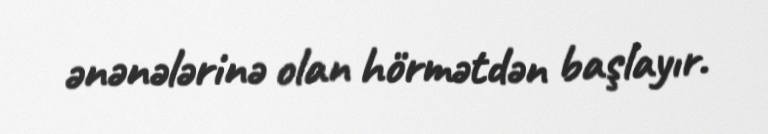
ənənələrinə olan hörmətdən başlayır.